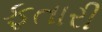
ફતારી